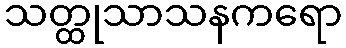
သတ္ထုသာသနကရော